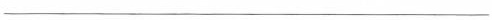
___